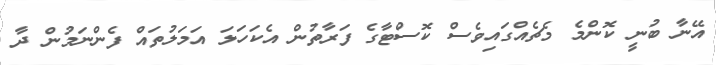
އޭނާ ބުނީ ކޮންމެ މެޗެއްގައިވެސް ކޮސްޓާގެ ފަރާތުން އެކަހަލަ އަމަލުތައް ފެންނަމުން ދާ